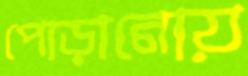
পোড়ানোয়